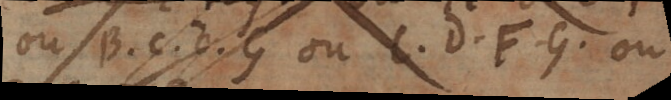
ou β, c, δ, G ou C, D, F, G, ou